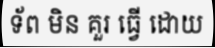
ទ័ព មិន គួរ ធ្វើ ដោយ